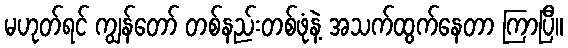
မဟုတ်ရင် ကျွန်တော် တစ်နည်းတစ်ဖုံနဲ့ အသက်ထွက်နေတာ ကြာပြီ။